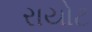
રાયોટ